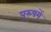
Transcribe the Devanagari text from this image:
पुरुषमें